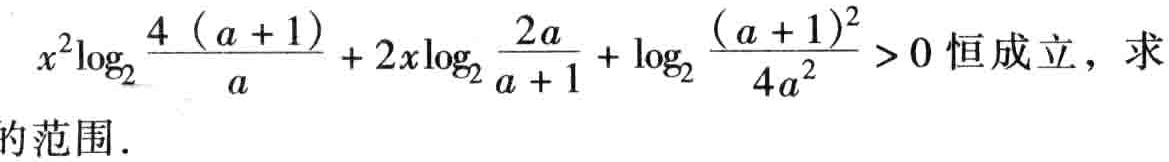
\(x^{2}\log_{2}\frac{4(a + 1)}{a}+2x\log_{2}\frac{2a}{a + 1}+\log_{2}\frac{(a + 1)^{2}}{4a^{2}}>0\)恒成立，求的范围．